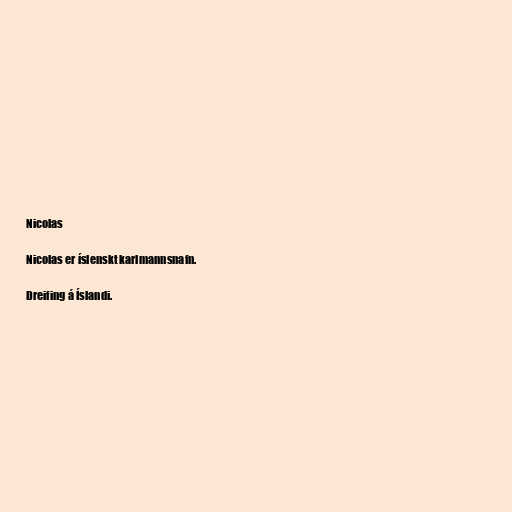
Nicolas

Nicolas er íslenskt karlmannsnafn.

Dreifing á Íslandi.